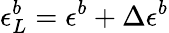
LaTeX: \epsilon_{L}^{b}=\epsilon^{b}+\Delta\epsilon^{b}